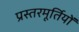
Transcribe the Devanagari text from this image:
प्रस्तरमूर्तियों